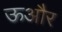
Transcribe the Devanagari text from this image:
ऊऔर